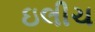
ઇલીચ